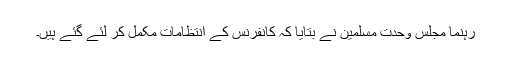
رہنما مجلس وحدت مسلمین نے بتایا کہ کانفرنس کے انتظامات مکمل کر لئے گئے ہیں۔